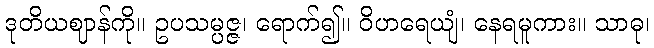
ဒုတိယဈာန်ကို။ ဥပသမ္ပဇ္ဇ၊ ရောက်၍။ ဝိဟရေယျံ၊ နေရမူကား။ သာဓု၊